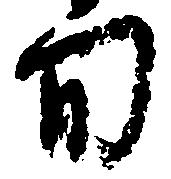
旬